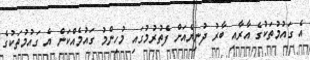
އެ ގައުމުތަކުގެ އާރާއި ބާރު ދުނިޔެއަށް ފެތުރުމުގައި މުހިންމު ގައުމެއްކަން އެ ގައުމުތަކުގެ